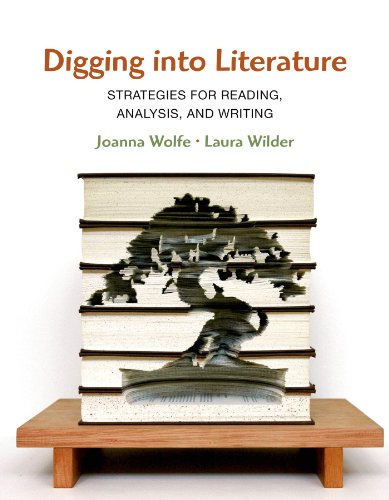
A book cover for Digging into Literature; Joanna Wolfe; Literature & Fiction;